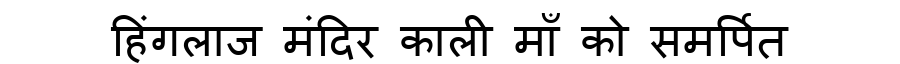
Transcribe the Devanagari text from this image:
हिंगलाज मंदिर काली माँ को समर्पित